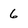
Character: 6